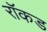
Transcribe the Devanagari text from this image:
रॉकड